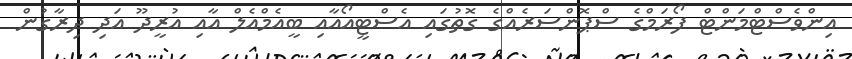
އިންވެސްޓްމަންޓް ފޯރަމްގެ ސްޕޮންސަރެއްގެ ގޮތުގައި އެސްޓީއޯއާއި ބީއެމްއެލް އާއި އުރީދޫ އަދި ދިރާގުން